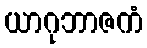
ယာဂုဘာဇကံ